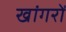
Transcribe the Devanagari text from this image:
खांगरों